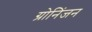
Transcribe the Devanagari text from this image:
ग्रोनिंजन